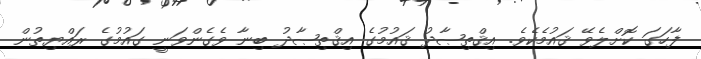
ފާހަގަ ކޮށްލެވޭ ޤައުމެކެވެ. އިޤްތިޞާދު ޤައުމުގެ އިޤްތިޞާދު ބިނާ ވެގެންވަނީ ގައުމުގެ ރައްޔިތުން